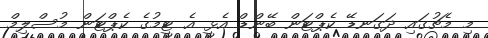
މި މެޗުގައި ދަގަނޑޭ ކެޕްޓަން ބޭންޑް އެޅީ އެ ޓީމުގެ ކެޕްޓަން މުސްލިމް